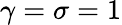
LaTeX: \gamma=\sigma=1